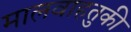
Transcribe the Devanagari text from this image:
मालवाहतुकी